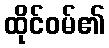
ထိုင်ဝမ်၏